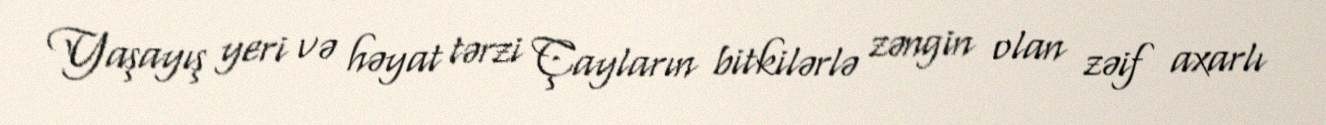
Yaşayış yeri və həyat tərzi Çayların bitkilərlə zəngin olan zəif axarlı